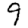
Digit: 9